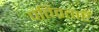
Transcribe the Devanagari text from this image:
पतिव्रताएँ